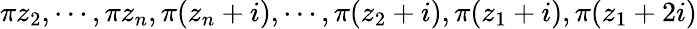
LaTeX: \pi z_{2},\cdots,\pi z_{n},\pi(z_{n}+i),\cdots,\pi(z_{2}+i),\pi(z_{1}+i),\pi(z_{1}+2i)